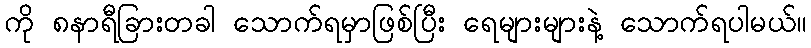
ကို ၈နာရီခြားတခါ သောက်ရမှာဖြစ်ပြီး ရေများများနဲ့ သောက်ရပါမယ်။